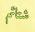
شتائم